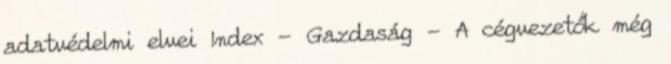
adatvédelmi elvei Index - Gazdaság - A cégvezetők még